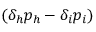
( \delta _ { h } p _ { h } - \delta _ { i } p _ { i } )